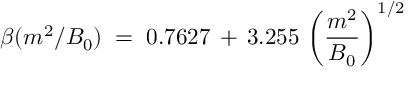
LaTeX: \beta ( m ^ { 2 } / B _ { 0 } ) \; = \; 0 . 7 6 2 7 \, + \, 3 . 2 5 5 \, \left( \frac { m ^ { 2 } } { B _ { 0 } } \right) ^ { 1 / 2 }